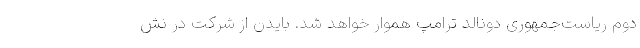
دوم ریاست‌جمهوری دونالد ترامپ هموار خواهد شد. بایدن از شرکت در نش